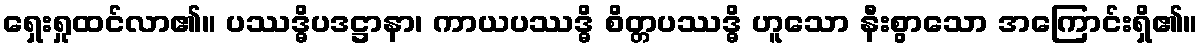
ရှေးရှုထင်လာ၏။ ပဿဒ္ဓိပဒဋ္ဌာနာ၊ ကာယပဿဒ္ဓိ စိတ္တပဿဒ္ဓိ ဟူသော နီးစွာသော အကြောင်းရှိ၏။